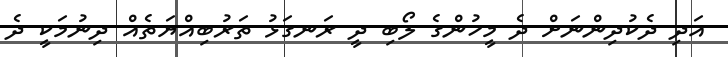
އަދި ދެކުދިންނަށް ދެ މީހުންގެ ލޯބި ދީ ރަނގަޅު ތަރުބިއްޔަތެއް ދިނުމަކީ ދެ